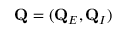
\mathbf { Q } = ( \mathbf { Q } _ { E } , \mathbf { Q } _ { I } )